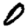
Digit: 0